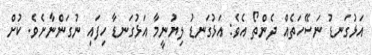
އަޅުގަނޑު ނަސޭހަތެއް ދެންތޯ އެވެ: އަޅުގަނޑު ލިޔުނީމާ އަޅުގަނޑާ ހިފައި ނުގަންނާށެވެ. ކުށް